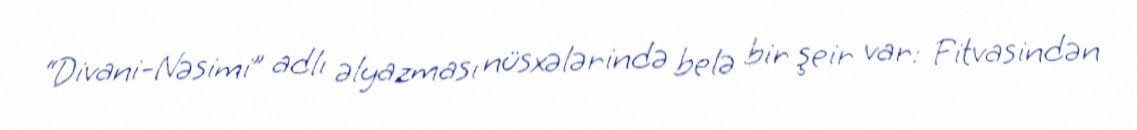
“Divani-Nəsimi” adlı əlyazması nüsxələrində belə bir şeir var: Fitvasindən